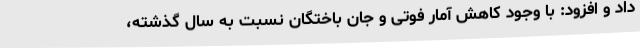
داد و افزود: با وجود کاهش آمار فوتی و جان باختگان نسبت به سال گذشته،